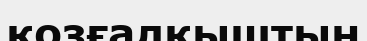
қозғалқыштың